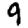
Digit: 9